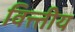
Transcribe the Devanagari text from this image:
वित्त्तीय